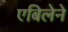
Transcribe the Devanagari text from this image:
एबिलेने